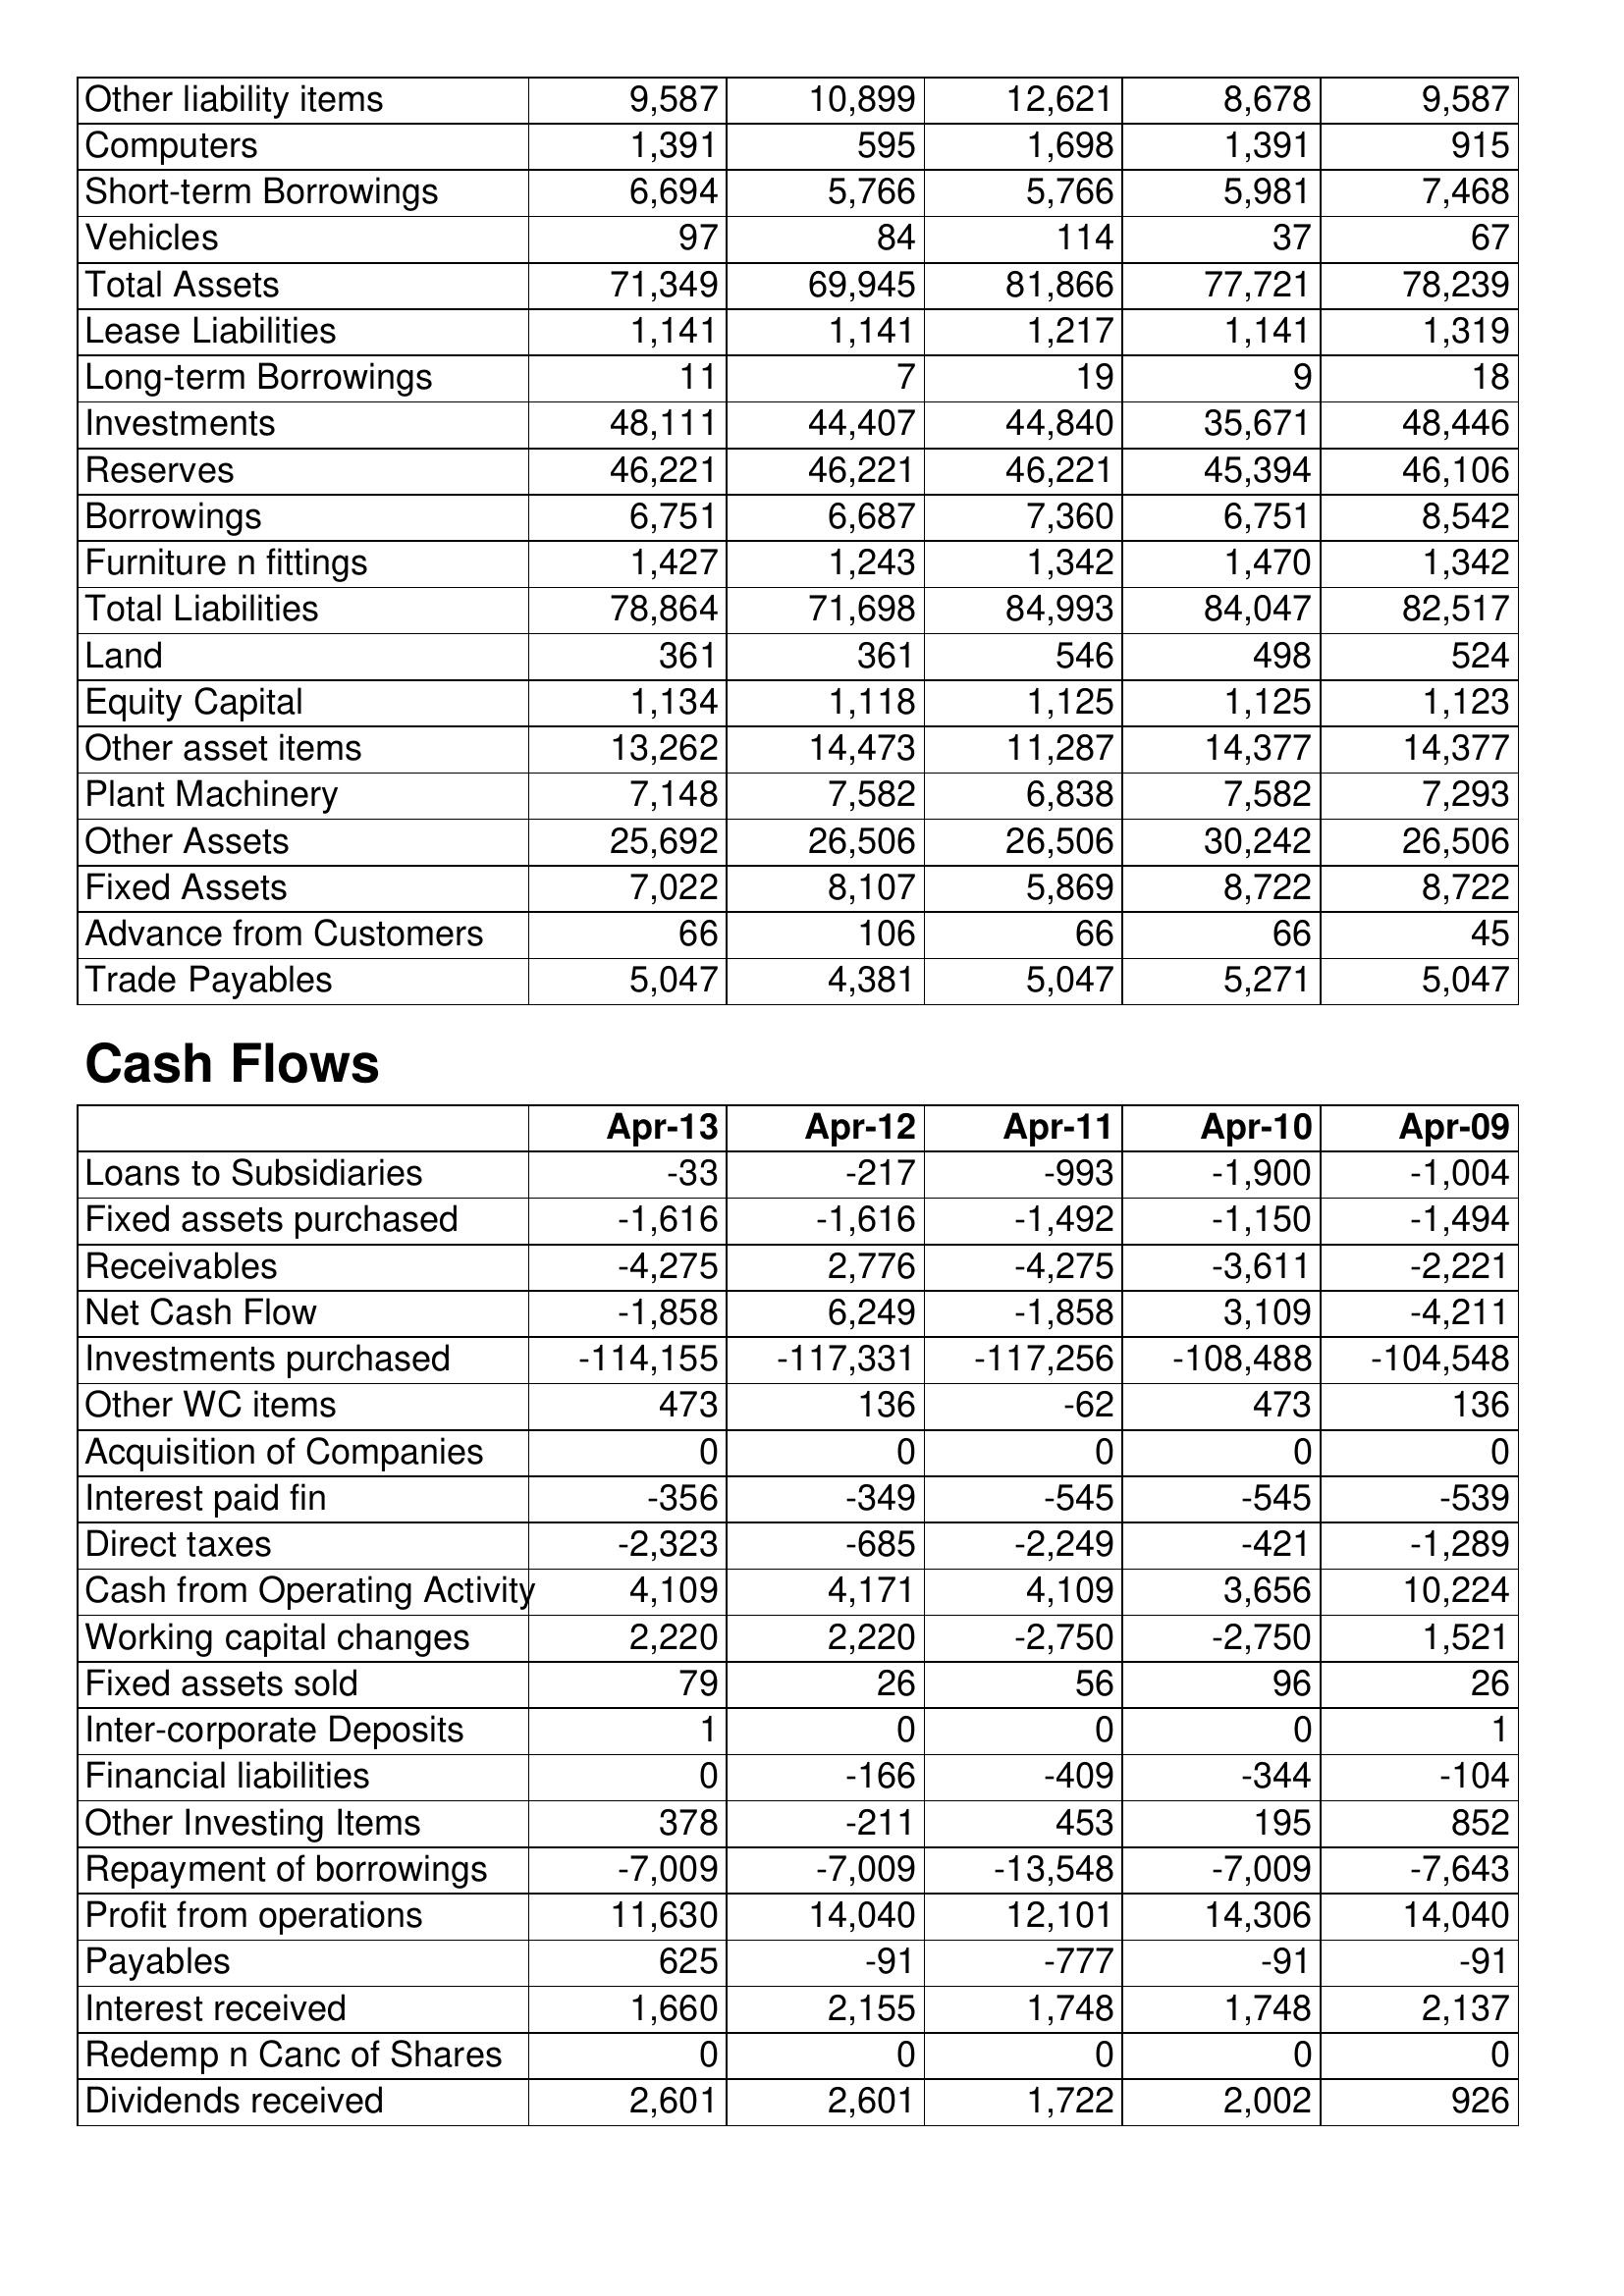
Apr-13: Balance Sheet: Other liability items: 9,587
Computers: 1,391
Short-term Borrowings: 6,694
Vehicles: 97
Total Assets: 71,349
Lease Liabilities: 1,141
Long-term Borrowings: 11
Investments: 48,111
Reserves: 46,221
Borrowings: 6,751
Furniture n fittings: 1,427
Total Liabilities: 78,864
Land: 361
Equity Capital: 1,134
Other asset items: 13,262
Plant Machinery: 7,148
Other Assets: 25,692
Fixed Assets: 7,022
Advance from Customers: 66
Trade Payables: 5,047
Cash Flows: Loans to Subsidiaries: -33
Fixed assets purchased: -1,616
Receivables: -4,275
Net Cash Flow: -1,858
Investments purchased: -114,155
Other WC items: 473
Acquisition of Companies: 0
Interest paid fin: -356
Direct taxes: -2,323
Cash from Operating Activity: 4,109
Working capital changes: 2,220
Fixed assets sold: 79
Inter-corporate Deposits: 1
Financial liabilities: 0
Other Investing Items: 378
Repayment of borrowings: -7,009
Profit from operations: 11,630
Payables: 625
Interest received: 1,660
Redemp n Canc of Shares: 0
Dividends received: 2,601
Apr-12: Balance Sheet: Other liability items: 10,899
Computers: 595
Short-term Borrowings: 5,766
Vehicles: 84
Total Assets: 69,945
Lease Liabilities: 1,141
Long-term Borrowings: 7
Investments: 44,407
Reserves: 46,221
Borrowings: 6,687
Furniture n fittings: 1,243
Total Liabilities: 71,698
Land: 361
Equity Capital: 1,118
Other asset items: 14,473
Plant Machinery: 7,582
Other Assets: 26,506
Fixed Assets: 8,107
Advance from Customers: 106
Trade Payables: 4,381
Cash Flows: Loans to Subsidiaries: -217
Fixed assets purchased: -1,616
Receivables: 2,776
Net Cash Flow: 6,249
Investments purchased: -117,331
Other WC items: 136
Acquisition of Companies: 0
Interest paid fin: -349
Direct taxes: -685
Cash from Operating Activity: 4,171
Working capital changes: 2,220
Fixed assets sold: 26
Inter-corporate Deposits: 0
Financial liabilities: -166
Other Investing Items: -211
Repayment of borrowings: -7,009
Profit from operations: 14,040
Payables: -91
Interest received: 2,155
Redemp n Canc of Shares: 0
Dividends received: 2,601
Apr-11: Balance Sheet: Other liability items: 12,621
Computers: 1,698
Short-term Borrowings: 5,766
Vehicles: 114
Total Assets: 81,866
Lease Liabilities: 1,217
Long-term Borrowings: 19
Investments: 44,840
Reserves: 46,221
Borrowings: 7,360
Furniture n fittings: 1,342
Total Liabilities: 84,993
Land: 546
Equity Capital: 1,125
Other asset items: 11,287
Plant Machinery: 6,838
Other Assets: 26,506
Fixed Assets: 5,869
Advance from Customers: 66
Trade Payables: 5,047
Cash Flows: Loans to Subsidiaries: -993
Fixed assets purchased: -1,492
Receivables: -4,275
Net Cash Flow: -1,858
Investments purchased: -117,256
Other WC items: -62
Acquisition of Companies: 0
Interest paid fin: -545
Direct taxes: -2,249
Cash from Operating Activity: 4,109
Working capital changes: -2,750
Fixed assets sold: 56
Inter-corporate Deposits: 0
Financial liabilities: -409
Other Investing Items: 453
Repayment of borrowings: -13,548
Profit from operations: 12,101
Payables: -777
Interest received: 1,748
Redemp n Canc of Shares: 0
Dividends received: 1,722
Apr-10: Balance Sheet: Other liability items: 8,678
Computers: 1,391
Short-term Borrowings: 5,981
Vehicles: 37
Total Assets: 77,721
Lease Liabilities: 1,141
Long-term Borrowings: 9
Investments: 35,671
Reserves: 45,394
Borrowings: 6,751
Furniture n fittings: 1,470
Total Liabilities: 84,047
Land: 498
Equity Capital: 1,125
Other asset items: 14,377
Plant Machinery: 7,582
Other Assets: 30,242
Fixed Assets: 8,722
Advance from Customers: 66
Trade Payables: 5,271
Cash Flows: Loans to Subsidiaries: -1,900
Fixed assets purchased: -1,150
Receivables: -3,611
Net Cash Flow: 3,109
Investments purchased: -108,488
Other WC items: 473
Acquisition of Companies: 0
Interest paid fin: -545
Direct taxes: -421
Cash from Operating Activity: 3,656
Working capital changes: -2,750
Fixed assets sold: 96
Inter-corporate Deposits: 0
Financial liabilities: -344
Other Investing Items: 195
Repayment of borrowings: -7,009
Profit from operations: 14,306
Payables: -91
Interest received: 1,748
Redemp n Canc of Shares: 0
Dividends received: 2,002
Apr-09: Balance Sheet: Other liability items: 9,587
Computers: 915
Short-term Borrowings: 7,468
Vehicles: 67
Total Assets: 78,239
Lease Liabilities: 1,319
Long-term Borrowings: 18
Investments: 48,446
Reserves: 46,106
Borrowings: 8,542
Furniture n fittings: 1,342
Total Liabilities: 82,517
Land: 524
Equity Capital: 1,123
Other asset items: 14,377
Plant Machinery: 7,293
Other Assets: 26,506
Fixed Assets: 8,722
Advance from Customers: 45
Trade Payables: 5,047
Cash Flows: Loans to Subsidiaries: -1,004
Fixed assets purchased: -1,494
Receivables: -2,221
Net Cash Flow: -4,211
Investments purchased: -104,548
Other WC items: 136
Acquisition of Companies: 0
Interest paid fin: -539
Direct taxes: -1,289
Cash from Operating Activity: 10,224
Working capital changes: 1,521
Fixed assets sold: 26
Inter-corporate Deposits: 1
Financial liabilities: -104
Other Investing Items: 852
Repayment of borrowings: -7,643
Profit from operations: 14,040
Payables: -91
Interest received: 2,137
Redemp n Canc of Shares: 0
Dividends received: 926